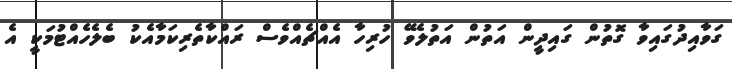
ގަވާއިދުގައިވާ ގޮތުން ގައިދީން އަތުން އަތުލެވޭ ހުރިހާ އެއްޗެއްވެސް ރައްކާތެރިކަމާއެކު ބެލެހެއްޓުމަކީ އެ